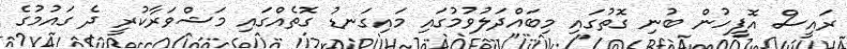
ރައީސް އޮފީހުން ބުނި ގޮތުގައި މިބައްދަލުވުމުގައި މައިގަނޑު ގޮތެއްގައި މަޝްވަރާކުރީ ދެ ގައުމުގެ